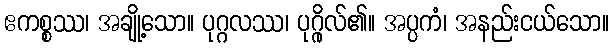
ဧကစ္စဿ၊ အချို့သော။ ပုဂ္ဂလဿ၊ ပုဂ္ဂိုလ်၏။ အပ္ပကံ၊ အနည်းငယ်သော။